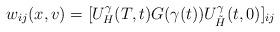
LaTeX: \begin{align*}w_{ij}(x,v)=[U_H^\gamma(T,t) G(\gamma(t)) U_{\tilde H}^\gamma(t,0)]_{ij}\end{align*}